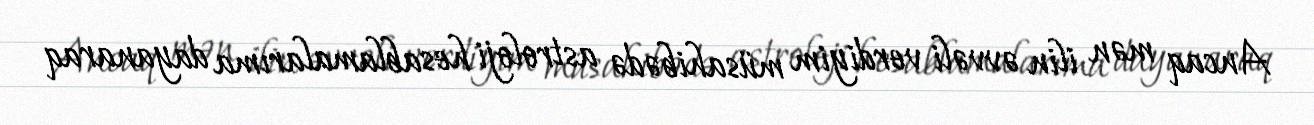
Ancaq mən ilin əvvəli verdiyim müsahibədə astroloji hesablamalarıma dayanaraq